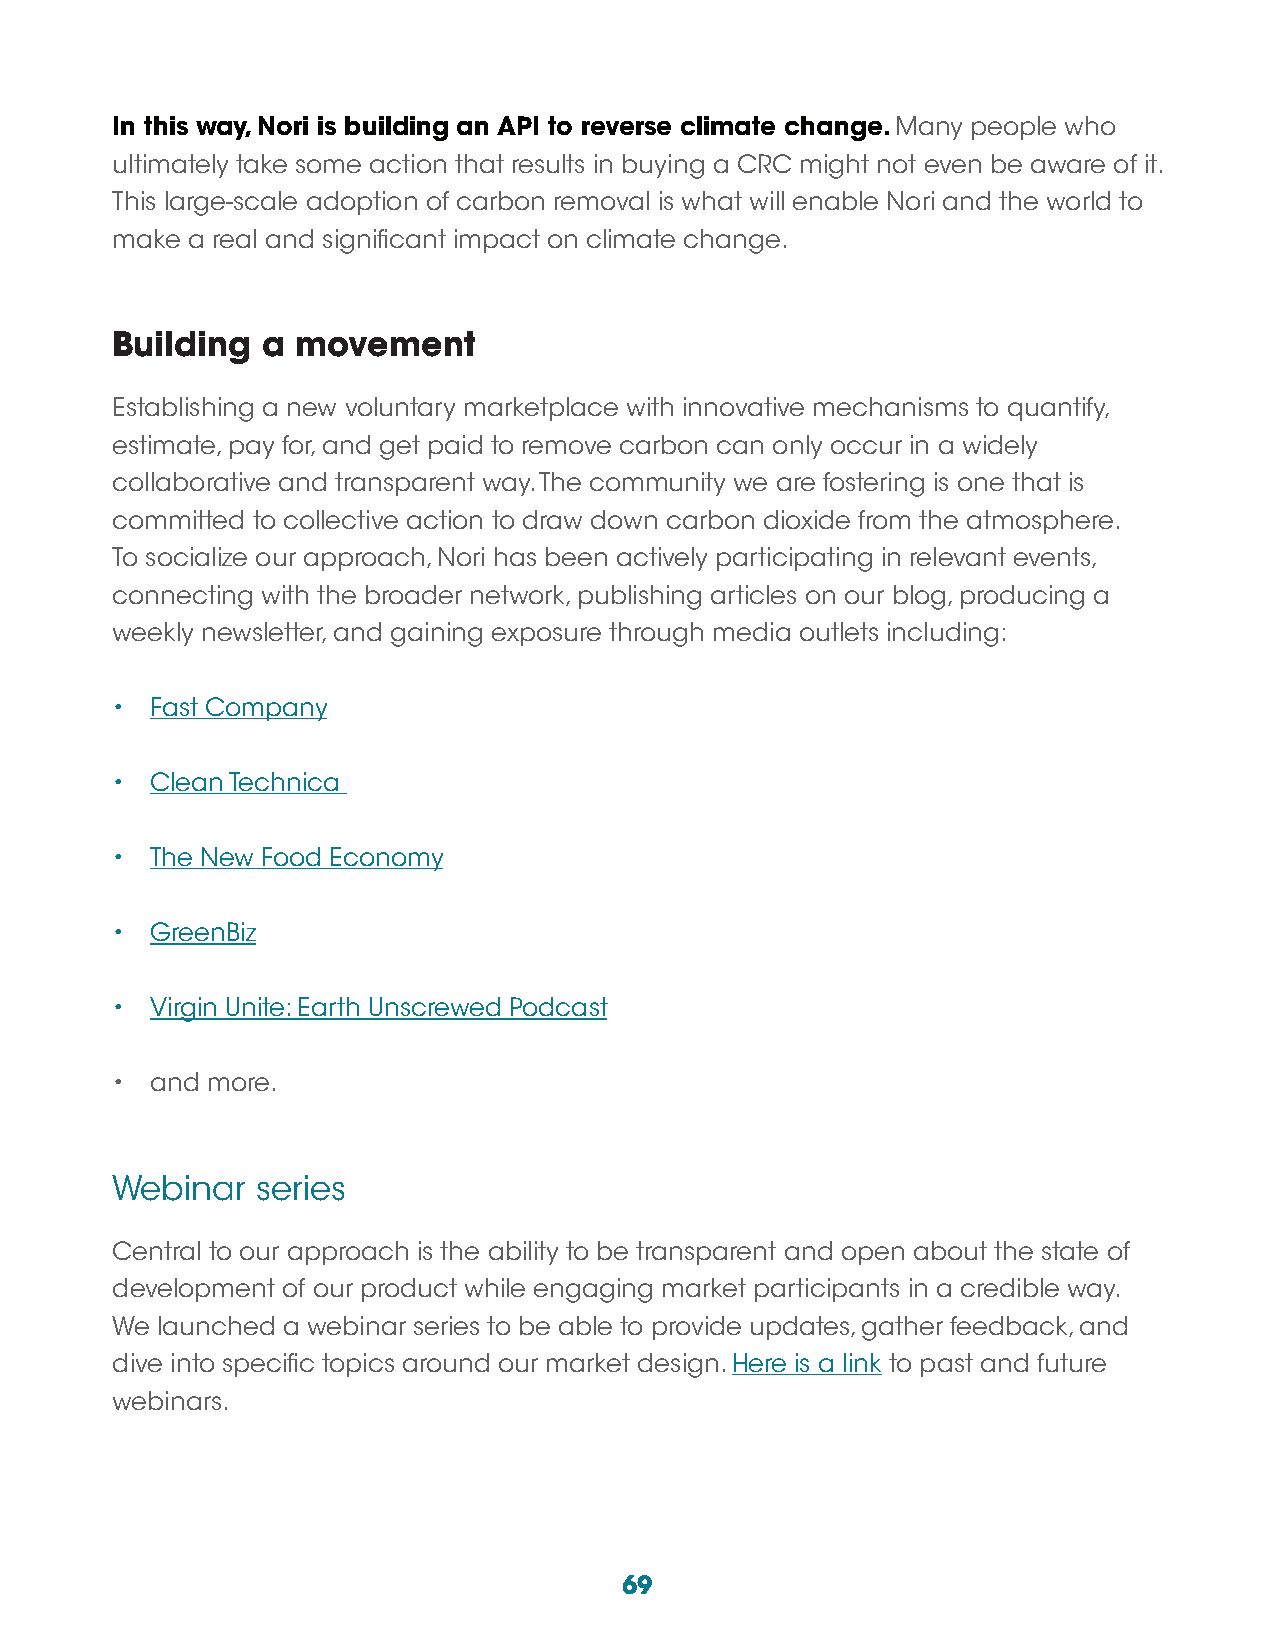
In this way, Nori is building an API to reverse climate change. Many people who
 ultimately take some action that results in buying a CRC might not even be aware of it.
 This large-scale adoption of carbon removal is what will enable Nori and the world to
 make a real and significant impact on climate change.
 Building  a  movement
 Establishing a new voluntary marketplace with innovative mechanisms to quantify,
 estimate, pay for, and get paid to remove carbon can only occur in a widely
 collaborative and transparent way. The community we are fostering is one that is
 committed to collective action to draw down carbon dioxide from the atmosphere.
 To socialize our approach, Nori has been actively participating in relevant events,
 connecting with the broader network, publishing articles on our blog, producing a
 weekly newsletter, and gaining exposure through media outlets including:
 •  Fast Company
 •  Clean Technica
 •  The New Food Economy
 •  GreenBiz
 •  Virgin Unite: Earth Unscrewed Podcast
 •  and more.
 Webinar   series
 Central to our approach is the ability to be transparent and open about the state of
 development of our product while engaging market participants in a credible way.
 We launched a webinar series to be able to provide updates, gather feedback, and
 dive into specific topics around our market design. Here is a link to past and future
 webinars.
 69